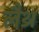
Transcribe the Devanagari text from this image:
लैथ्र